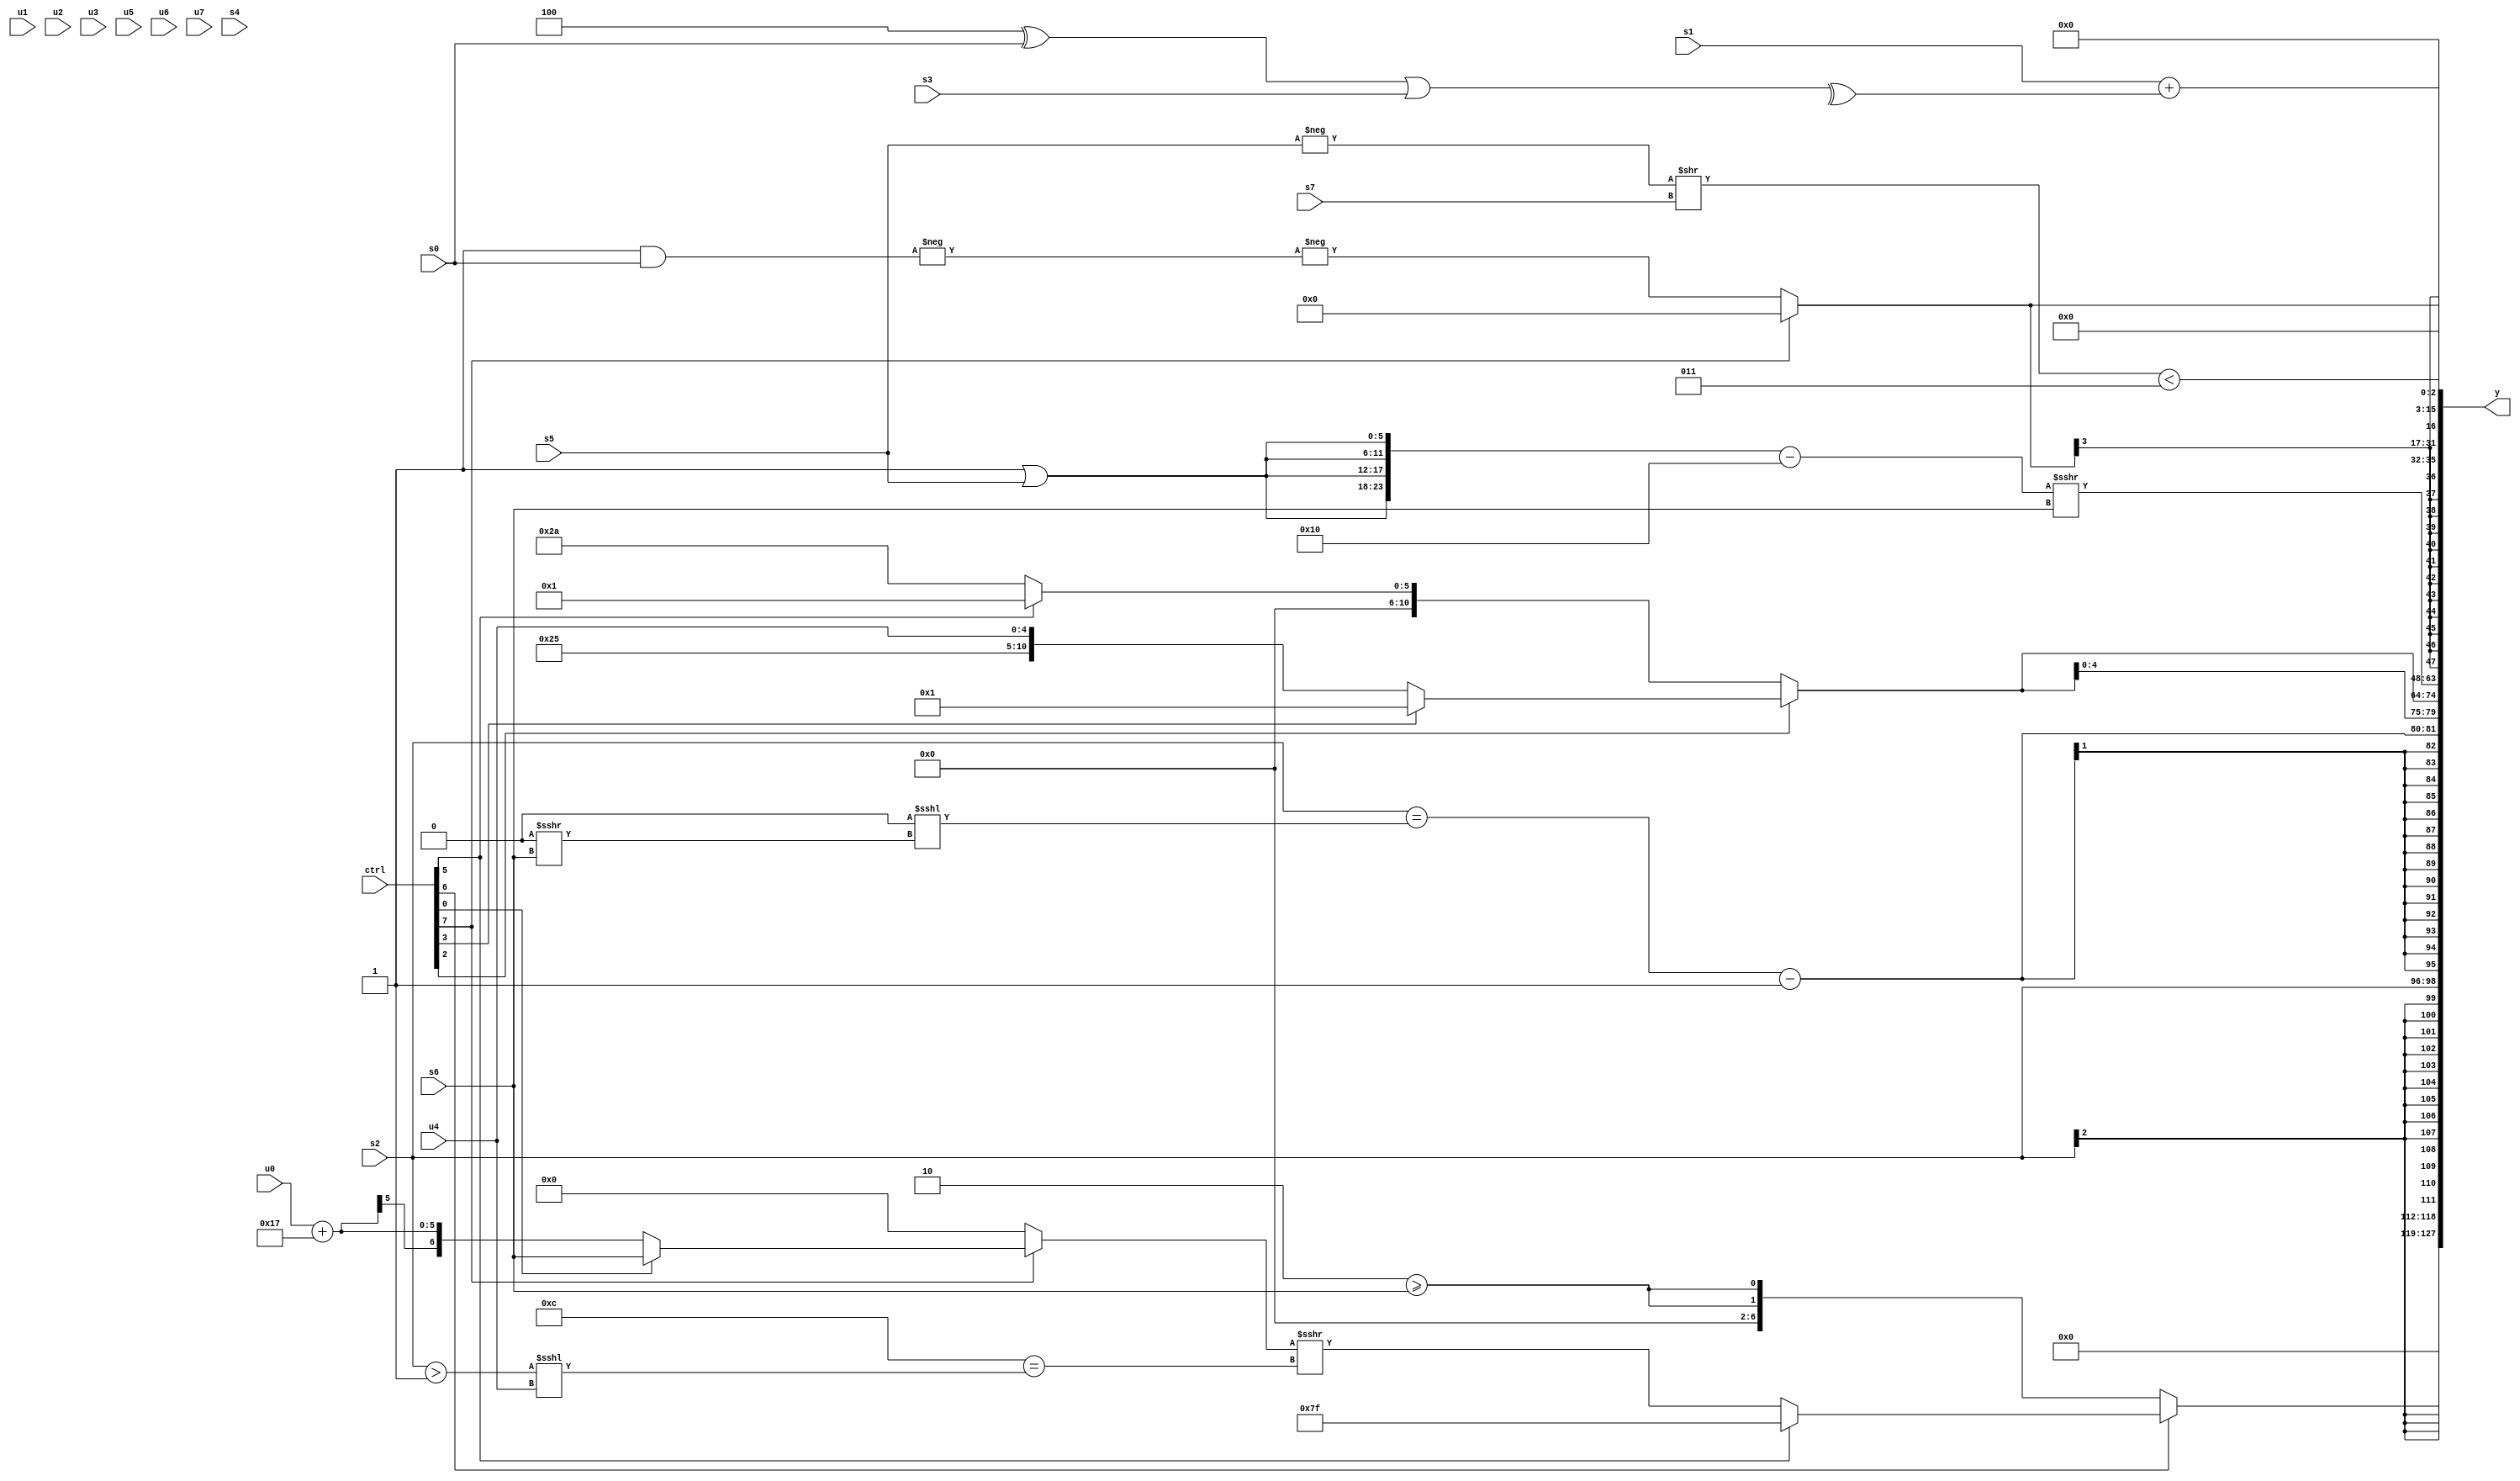
module wideexpr_00901(ctrl, u0, u1, u2, u3, u4, u5, u6, u7, s0, s1, s2, s3, s4, s5, s6, s7, y);
  input [7:0] ctrl;
  input [0:0] u0;
  input [1:0] u1;
  input [2:0] u2;
  input [3:0] u3;
  input [4:0] u4;
  input [5:0] u5;
  input [6:0] u6;
  input [7:0] u7;
  input signed [0:0] s0;
  input signed [1:0] s1;
  input signed [2:0] s2;
  input signed [3:0] s3;
  input signed [4:0] s4;
  input signed [5:0] s5;
  input signed [6:0] s6;
  input signed [7:0] s7;
  output [127:0] y;
  wire [15:0] y0;
  wire [15:0] y1;
  wire [15:0] y2;
  wire [15:0] y3;
  wire [15:0] y4;
  wire [15:0] y5;
  wire [15:0] y6;
  wire [15:0] y7;
  assign y = {y0,y1,y2,y3,y4,y5,y6,y7};
  assign y0 = {1{(ctrl[6]?(ctrl[5]?1'sb1:((ctrl[7]?(ctrl[0]?s6:($signed(u0))+(+(5'sb10111))):(((ctrl[4]?4'sb0011:3'sb100))^~(-(s6)))<<({2{$signed(6'sb110101)}})))>>>(-((5'sb01100)==(((s2)>(4'sb1111))<<<(u4))))):$signed({~|(4'sb1010),$signed({2{$signed((2'sb10)>=(s6))}})}))}};
  assign y1 = s2;
  assign y2 = ({1{(s2)==((1'sb0)<<<((2'b00)>>>(s6)))}})-(|(6'sb011001));
  assign y3 = {2{$signed((ctrl[2]?(ctrl[3]?~^(4'sb0000):{5'sb10010,1'sb1,u4}):(ctrl[5]?3'sb001:{3{2'sb10}})))}};
  assign y4 = ((({4{(($signed({3{4'sb1110}}))!=(1'sb0))|(s5)}})<<<((6'sb011001)<({1{6'sb010000}})))-($signed(6'b010000)))>>>(s6);
  assign y5 = $signed(+((ctrl[7]?(($signed(s3))>>>(u7))<<<(6'b010001):-(-((2'sb11)&(s0))))));
  assign y6 = ((-($signed($signed(s5))))>>(s7))<(4'sb0011);
  assign y7 = (s1)+(^(+(((3'sb100)^(s0))|(s3))));
endmodule